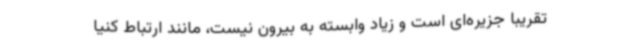
تقریبا جزیره‌ای است و زیاد وابسته به بیرون نیست، مانند ارتباط کنیا